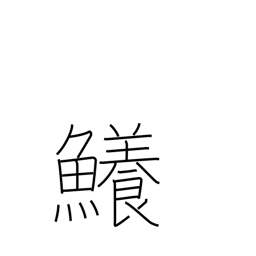
Meaning: shark